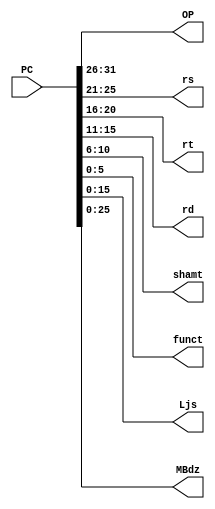
`timescale 1ns / 1ps
//////////////////////////////////////////////////////////////////////////////////
// Company: 
// Engineer: 
// 
// Design Name: 
// Module Name: decoder
// Project Name: 
// Target Devices: 
// Tool Versions: 
// Description: 
// 
// Dependencies: 
// 
// Revision:
// Revision 0.01 - File Created
// Additional Comments:
// 
//////////////////////////////////////////////////////////////////////////////////


module decoder(PC,OP,rs,rt,rd,shamt,funct,Ljs,MBdz);
    
    input [31:0] PC;
    output reg [5:0] OP;
    output reg [4:0] rs;
    output reg [4:0] rt;
    output reg [4:0] rd;
    output reg [4:0] shamt;
    output reg [5:0] funct;
    output reg [15:0] Ljs;
    output reg [25:0] MBdz;
    
    initial begin
        OP=0;
        rs=0;
        rt=0;
        rd=0;
        shamt=0;
        funct=0;
        Ljs=0;
        MBdz=0;
        end
    
    
    always @(PC)begin
        OP = PC[31:26];
        rs = PC[25:21];
        rt = PC[20:16];
        rd = PC[15:11];
        shamt = PC[10:6];
        funct = PC[5:0];
        Ljs = PC[15:0];
        MBdz = PC[25:0];
        end
   endmodule